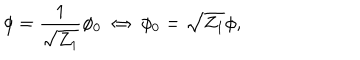
\phi = \frac { 1 } { \sqrt { Z _ { 1 } } } \phi _ { 0 } \; \Leftrightarrow \; \phi _ { 0 } = \sqrt { Z _ { 1 } } \phi ,